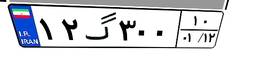
۱۲گ۳۰۰۱۰